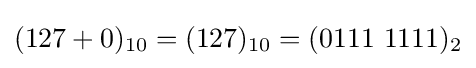
(127+0)_{10}=(127)_{10}=(0111\ 1111)_{2}